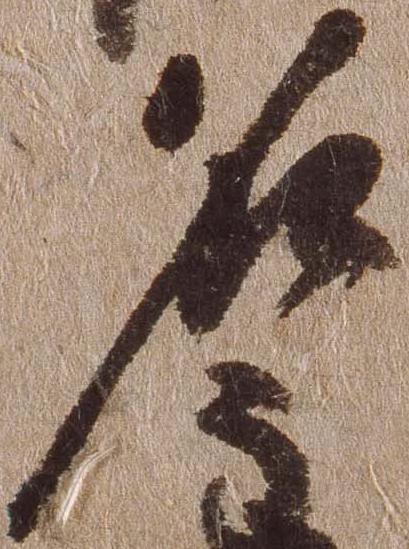
名